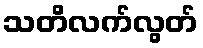
သတိလက်လွတ်